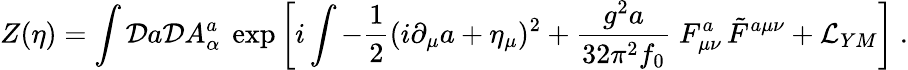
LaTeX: Z(\eta)=\int{\cal D}a{\cal D}A_{\alpha}^{a}\ \exp\left[i\int-{\frac{1}{2}}(i\partial_{\mu}a+\eta_{\mu})^{2}+{\frac{g^{2}a}{32\pi^{2}f_{0}}}\; F_{\mu\nu}^{a}\, \tilde{F}^{a\mu\nu}+{\cal L}_{YM}\right]\ .